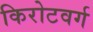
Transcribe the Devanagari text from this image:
किरोटवर्ग